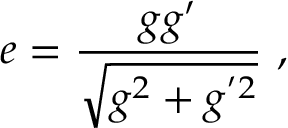
e = \frac { g g ^ { \prime } } { \sqrt { g ^ { 2 } + g ^ { ' 2 } } } \ ,